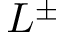
L ^ { \pm }